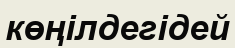
көңілдегідей